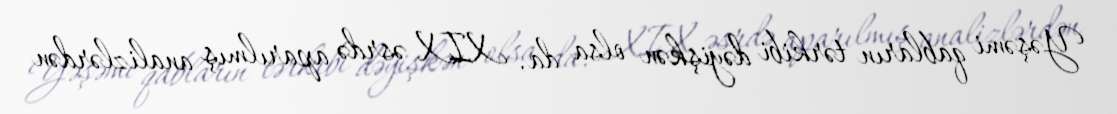
Yəşəmi qabların tərkibi dəyişkən olsa da, XIX əsrdə aparılmış analizlərdən